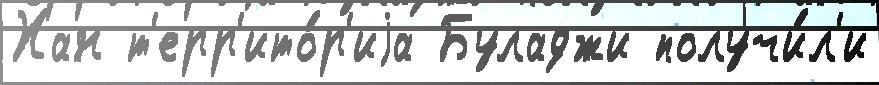
Хан т'ерр'ито́р'иjа Буладжи получи́л'и